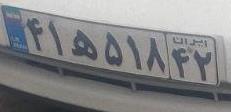
۴۱ه۵۱۸۴۲